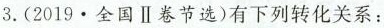
3.(2019﹒全国Ⅱ卷节选)有下列转化关系：